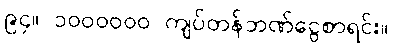
၉၄။ ၁၀၀၀၀၀၀ ကျပ်တန်ဘဏ်ငွေစာရင်း။